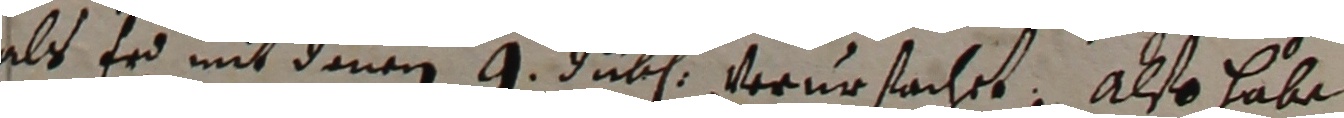
als erd mit denen 9 jubl verursachet. Also habe